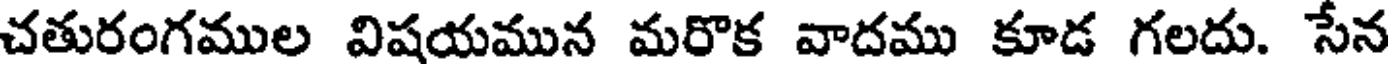
చతురంగముల విషయమున మరొక వాదము కూడ గలదు. సేన